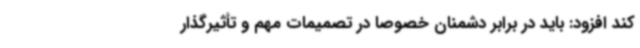
کند افزود: باید در برابر دشمنان خصوصاً در تصمیمات مهم و تأثیرگذار